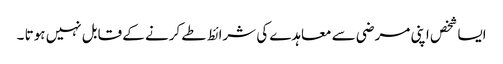
ایسا شخص اپنی مرضی سے معاہدے کی شرائط طے کرنے کے قابل نہیں ہوتا ۔